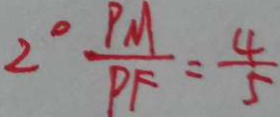
2 ^ { \circ } \frac { P M } { P F } = \frac { 4 } { 5 }